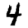
Digit: 4